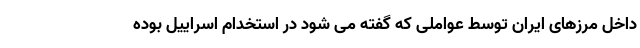
داخل مرزهای ایران توسط عواملی که گفته می شود در استخدام اسراییل بوده